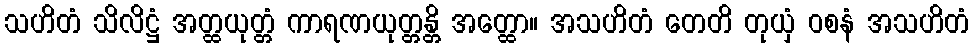
သဟိတံ သိလိဋ္ဌံ အတ္ထယုတ္တံ ကာရဏယုတ္တန္တိ အတ္ထော။ အသဟိတံ တေတိ တုယှံ ဝစနံ အသဟိတံ